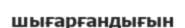
шығарғандығын